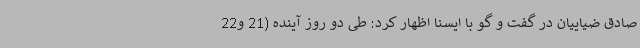
صادق ضیاییان در گفت و گو با ایسنا اظهار کرد: طی دو روز آینده (21 و22